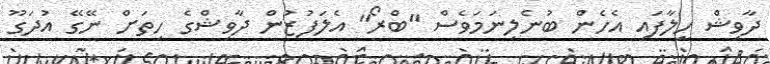
ދާވިޝް ހީލާފައި އެހެން ބުނެލިނަމަވެސް "ބްރޯ" އެލަފުޒުން ދާވިޝްގެ ހިތަށް ނޭގޭ އުދަގޫ